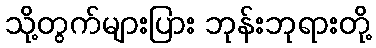
သို့တွက်များပြား ဘုန်းဘုရားတို့